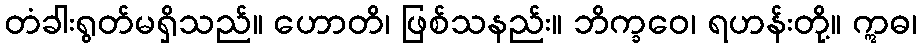
တံခါးရွတ်မရှိသည်။ ဟောတိ၊ ဖြစ်သနည်း။ ဘိက္ခဝေ၊ ရဟန်းတို့။ ဣဓ၊